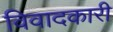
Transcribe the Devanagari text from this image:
विवादकारी